Civil Veterinary Dept. North-West Frontier Province 1933-46 - 1933-1946
Year: 1933
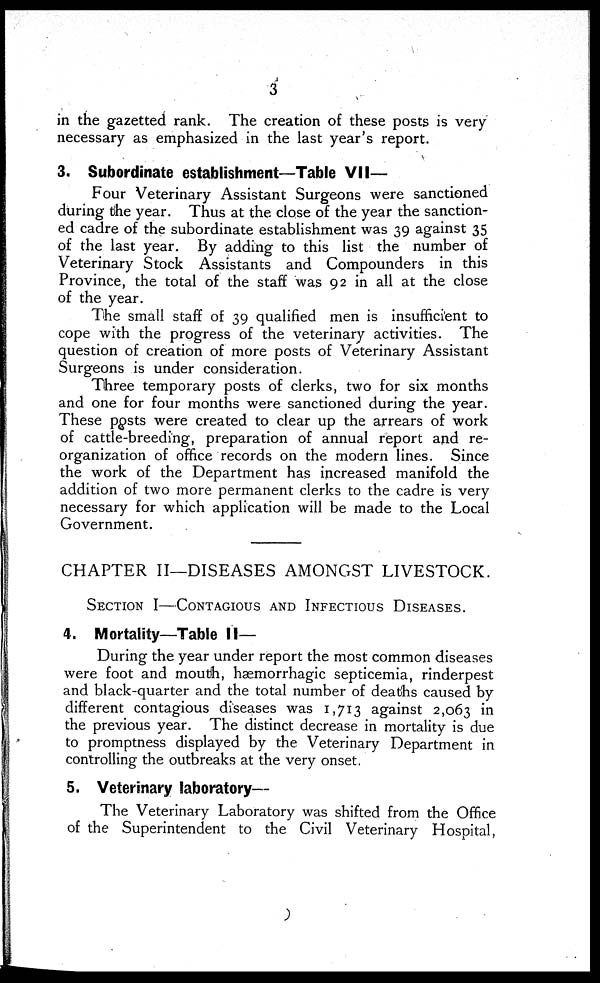
3
in the gazetted rank. The creation of these posts is very
necessary as emphasized in the last year's report.
3. Subordinate establishment—Table VII—
Four Veterinary Assistant Surgeons were sanctioned
during the year. Thus at the close of the year the sanction-
ed cadre of the subordinate establishment was 39 against 35
of the last year. By adding to this list the number of
Veterinary Stock Assistants and Compounders in this
Province, the total of the staff was 92 in all at the close
of the year.
The small staff of 39 qualified men is insufficient to
cope with the progress of the veterinary activities. The
question of creation of more posts of Veterinary Assistant
Surgeons is under consideration.
Three temporary posts of clerks, two for six months
and one for four months were sanctioned during the year.
These posts were created to clear up the arrears of work
of cattle-breeding, preparation of annual report and re-
organization of office records on the modern lines. Since
the work of the Department has increased manifold the
addition of two more permanent clerks to the cadre is very
necessary for which application will be made to the Local
Government.
CHAPTER II—DISEASES AMONGST LIVESTOCK.
SECTION I—CONTAGIOUS AND INFECTIOUS DISEASES.
4. Mortality—Table II—
During the year under report the most common diseases
were foot and mouth, hæmorrhagic septicemia, rinderpest
and black-quarter and the total number of deaths caused by
different contagious diseases was 1,713 against 2,063 in
the previous year. The distinct decrease in mortality is due
to promptness displayed by the Veterinary Department in
controlling the outbreaks at the very onset.
5. Veterinary laboratory—
The Veterinary Laboratory was shifted from the Office
of the Superintendent to the Civil Veterinary Hospital,